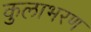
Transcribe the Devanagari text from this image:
कुलाभरण